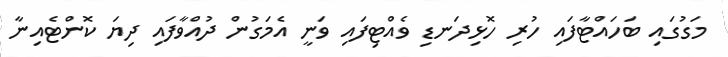
މަގުގައި ބަހައްޓާފައި ހުރި ހޮޅިދަނޑި ވެއްޓިފައި ވަނީ އެމަގުން ދުއްވާފައި ދިޔަ ކޮންޓެއިނާ